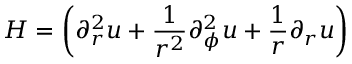
H = \left( \partial _ { r } ^ { 2 } u + \frac { 1 } { r ^ { 2 } } \partial _ { \phi } ^ { 2 } u + \frac { 1 } { r } \partial _ { r } u \right)